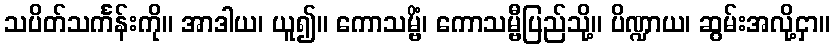
သပိတ်သင်္ကန်းကို။ အာဒါယ၊ ယူ၍။ ကောသမ္ဗိံ၊ ကောသမ္ဗီပြည်သို့။ ပိဏ္ဍာယ၊ ဆွမ်းအလို့ငှာ။